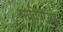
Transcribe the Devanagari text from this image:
सावित्रीसह